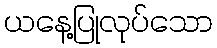
ယနေ့ပြုလုပ်သော